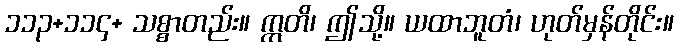
၁၁၃+၁၁၄+ သစ္စာတည်း။ ဣတိ၊ ဤသို့။ ယထာဘူတံ၊ ဟုတ်မှန်တိုင်း။